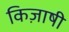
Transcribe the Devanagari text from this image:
किज़ाषी